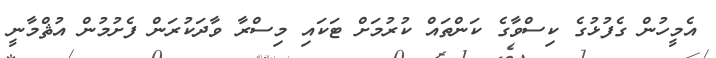
އެމީހުން ގެފުޅުގެ ކިސްވާގެ ކަންތައް ކުރުމަށް ޓަކައި މިސްރާ ވާދަކުރަން ފެށުމުން އުޘްމާނީ